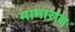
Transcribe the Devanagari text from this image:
मामाराव